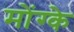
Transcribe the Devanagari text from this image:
मोंग्के